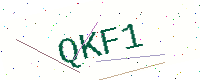
Text: QKF1